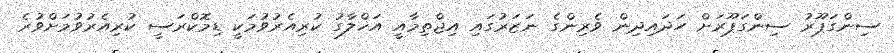
ސިންގަޕޫރު ސިންގަޕޫރަށް ހަދައިދިން ވެރިންގެ ނަޒަރުގައި އިޖްތިމާއީ އަޚްލާގު ކުރިއެރުވުމަކީ ޑިމޮކްރަސީ ކުރިއެރުވުމަށްވުރެ